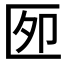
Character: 𰅫